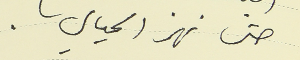
حتى نهر الحيالي.